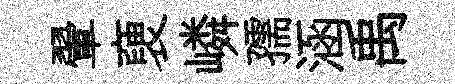
翬褏嶙孺涵禹